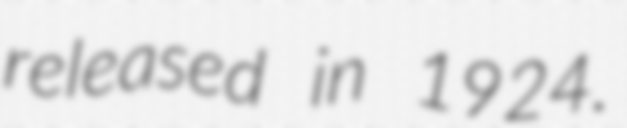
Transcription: released in 1924.